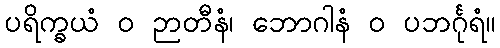
ပရိက္ခယံ ဝ ဉာတီနံ၊ ဘောဂါနံ ဝ ပဘင်္ဂုရံ။